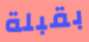
بقبلة